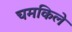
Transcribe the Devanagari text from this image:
चमकिले